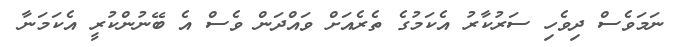
ނަމަވެސް ދިވެހި ސަރުކާރު އެކަމުގެ ތެރެއަށް ވައްދަން ވެސް އެ ބޭނުންކުރީ އެކަމަނާ